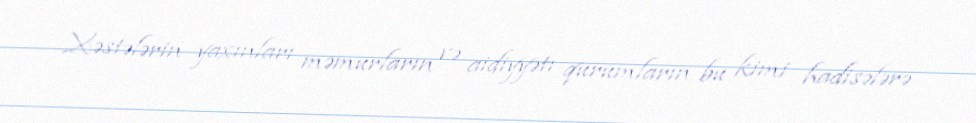
Xəstələrin yaxınları məmurların və aidiyyətı qurumların bu kimi hadisələrə